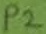
Text: P2